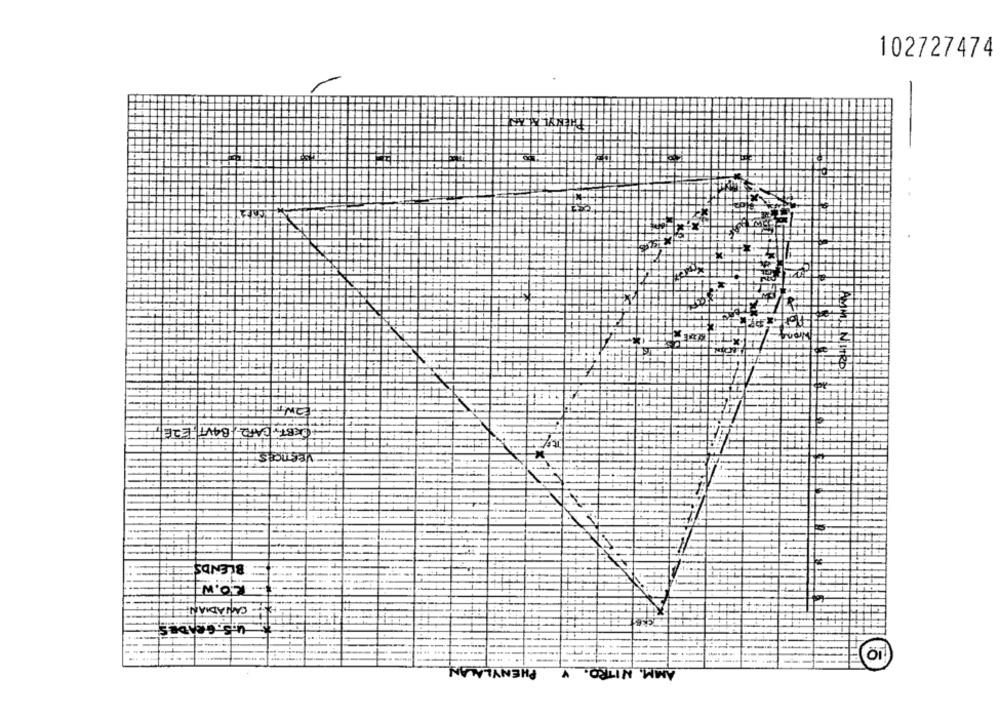
102727474
ME
CERTYCAR2- BAVI, E26
++++1
BLENDS
M'07
CANADIAN
Tos sin
MM. NITRO. Y
PHENYLA